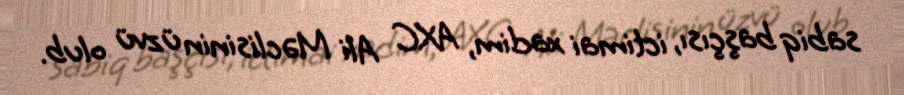
sabiq başçısı, ictimai xadim, AXC Ali Məclisinin üzvü olub.